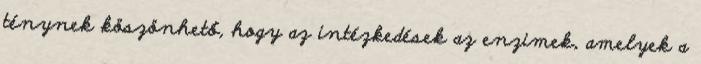
ténynek köszönhető, hogy az intézkedések az enzimek, amelyek a